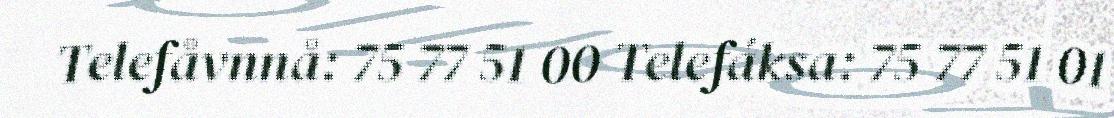
Telefåvnnå: 75 77 51 00 Telefáksa: 75 77 51 01